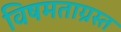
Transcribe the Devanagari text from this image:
विषमताग्रस्त